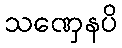
သဏှေနပိ